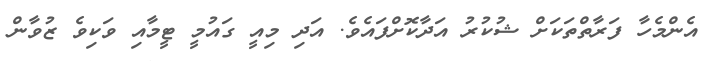
އެންމެހާ ފަރާތްތަކަށް ޝުކުރު އަދާކޮށްފައެވެ. އަދި މިއީ ގައުމީ ޓީމާއި ވަކިވެ ޒުވާން